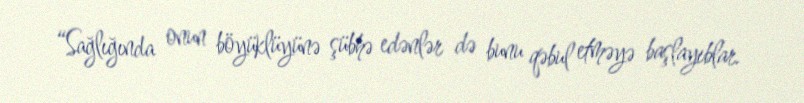
“Sağlığında onun böyüklüyünə şübhə edənlər də bunu qəbul etməyə başlayıblar.